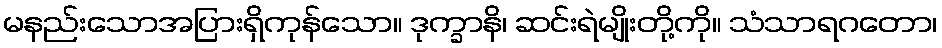
မနည်းသောအပြားရှိကုန်သော။ ဒုက္ခာနိ၊ ဆင်းရဲမျိုးတို့ကို။ သံသာရဂတော၊